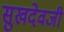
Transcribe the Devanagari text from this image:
सुखदेवजी